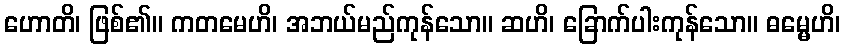
ဟောတိ၊ ဖြစ်၏။ ကတမေဟိ၊ အဘယ်မည်ကုန်သော။ ဆဟိ၊ ခြောက်ပါးကုန်သော။ ဓမ္မေဟိ၊